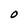
Character: O